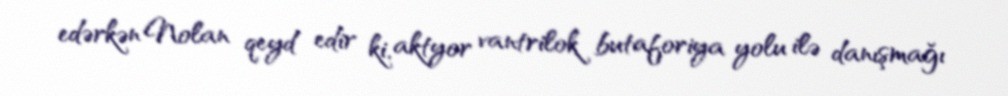
edərkən Nolan qeyd edir ki, aktyor vantrilok butaforiya yolu ilə danışmağı